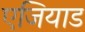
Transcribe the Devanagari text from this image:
एजियाड